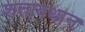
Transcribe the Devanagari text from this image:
शतावधान